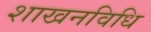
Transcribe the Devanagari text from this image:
शाखनविधि